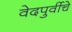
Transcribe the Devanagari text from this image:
वेदपुर्वीचे